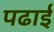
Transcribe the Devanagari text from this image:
पढार्इ